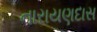
નારાયણદાસ